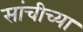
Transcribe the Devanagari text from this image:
सांचीच्या